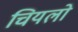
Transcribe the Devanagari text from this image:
चियलो